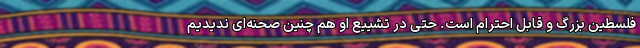
فلسطین بزرگ و قابل احترام است. حتی در تشییع او هم چنین صحنه‌ای ندیدیم